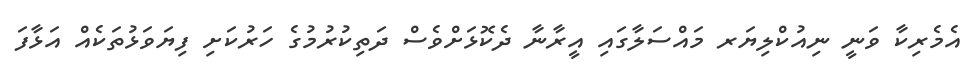
އެމެރިކާ ވަނީ ނިއުކްލިޔަރ މައްސަލާގައި އީރާނާ ދެކޮޅަށްވެސް ދަތިކުރުމުގެ ހަރުކަށި ފިޔަވަޅުތަކެއް އަޅާފަ